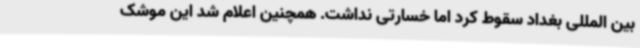
بین المللی بغداد سقوط کرد اما خسارتی نداشت. همچنین اعلام شد این موشک